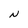
Character: N